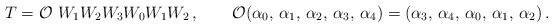
LaTeX: \begin{align*}T={\cal O} ~W_1W_2W_3W_0W_1W_2\,,\qquad {\cal O}(\alpha_{0},\,\alpha_{1}, \,\alpha_{2},\,\alpha_{3},\,\alpha_{4}) = (\alpha_{3},\, \alpha_{4},\,\alpha_{0}, \,\alpha_{1},\,\alpha_{2})\,.\end{align*}